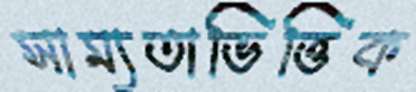
সাম্যতাভিত্তিক